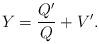
LaTeX: \begin{align*} Y=\frac{Q'}{Q}+V'.\end{align*}